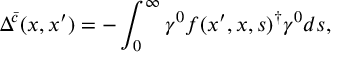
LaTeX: \Delta ^ { \bar { c } } ( x , x ^ { \prime } ) = - \int _ { 0 } ^ { \infty } \gamma ^ { 0 } f ( x ^ { \prime } , x , s ) ^ { \dagger } \gamma ^ { 0 } d s ,